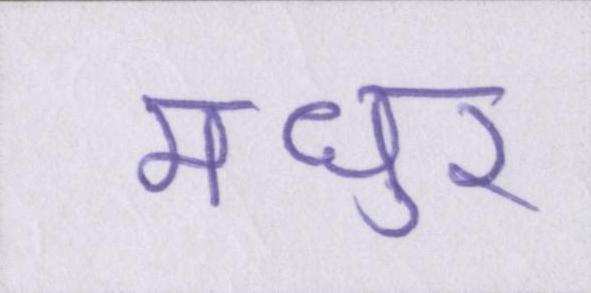
मधुर